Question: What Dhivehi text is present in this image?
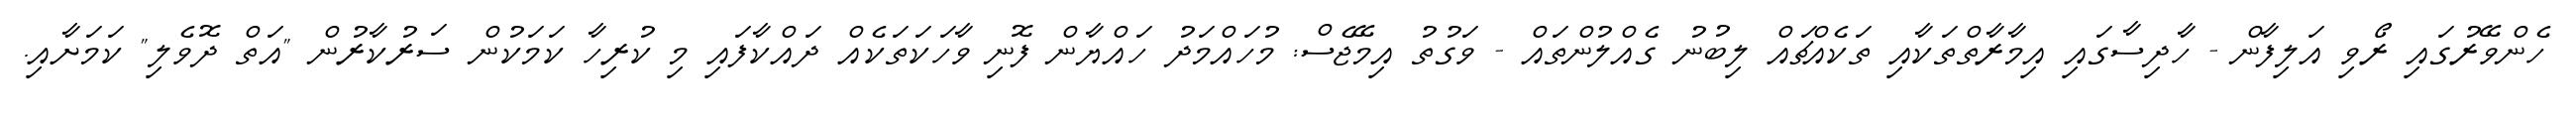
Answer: ހެންވޭރުގައި ރޯވި އަލިފާން - ހާދިސާގައި އިމާރާތްތަކާއި ތަކެއްޗައް ލިބުނު ގެއްލުންތައް - ވަގުތު އިމޭޖެސް: މުހައްމަދު ހައްޔާން ފޮނި ވާހަކަތަކެއް ދައްކާފައި މި ކުރިހާ ކަމަކުން ސަރުކާރުން "އަތް ދޮވެލި" ކަމަށާއި.